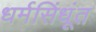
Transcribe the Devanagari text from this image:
धर्मसिंधूंत